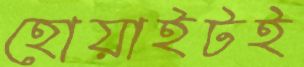
হোয়াইটই